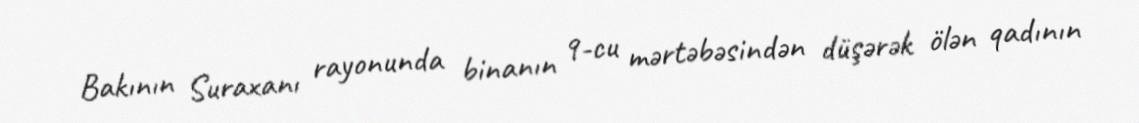
Bakının Suraxanı rayonunda binanın 9-cu mərtəbəsindən düşərək ölən qadının